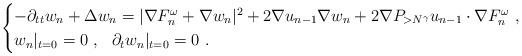
LaTeX: \begin{align*} \begin{cases} -\partial_{tt} w_n + \Delta w_n =|\nabla F_n^\omega + \nabla w_n|^2 + 2 \nabla u_{n-1} \nabla w_n + 2 \nabla P_{>N^\gamma} u_{n-1} \cdot \nabla F_n^\omega~,\\ w_n|_{t=0} = 0~, ~~ \partial_t w_n|_{t=0} =0~. \end{cases} \end{align*}